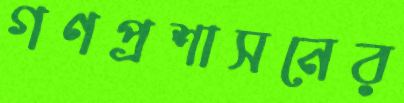
গণপ্রশাসনের